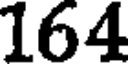
164